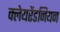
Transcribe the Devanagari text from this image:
क्लेयरेंडनियन